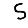
Digit: 5